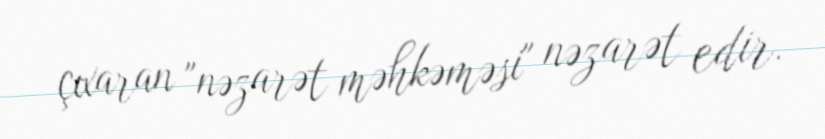
çıxaran "nəzarət məhkəməsi" nəzarət edir.